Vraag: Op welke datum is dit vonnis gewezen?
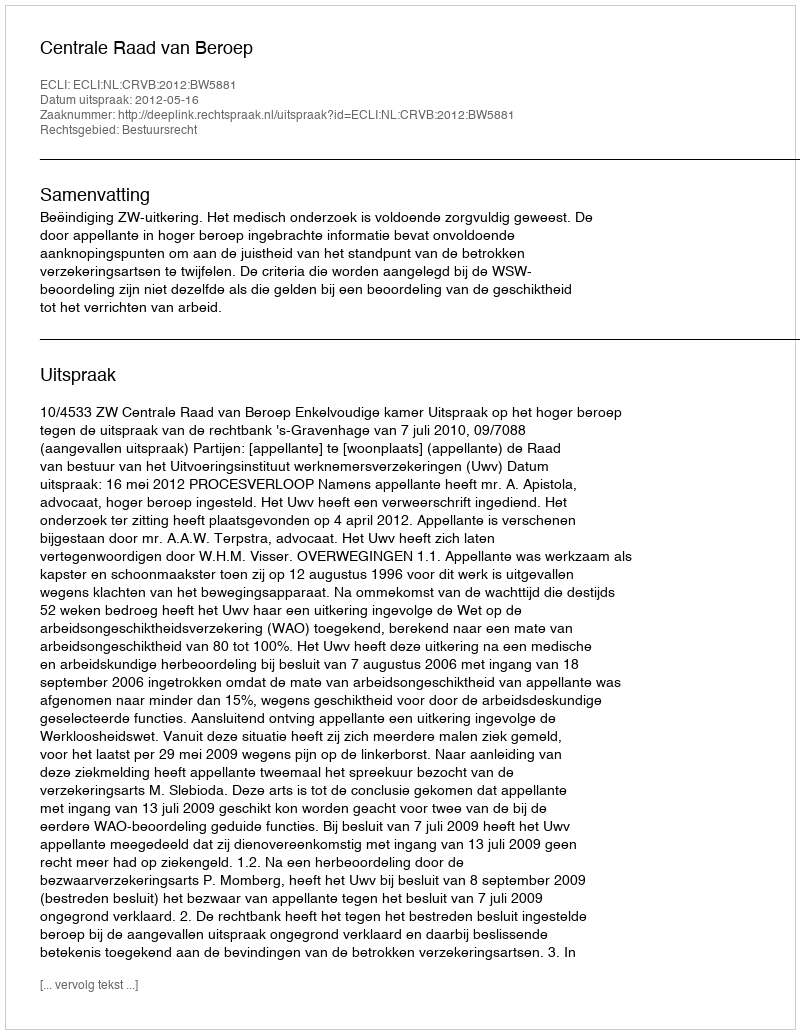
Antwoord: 2012-05-16